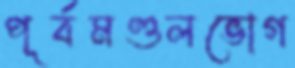
পূর্বমণ্ডলভোগ